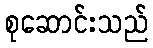
စုဆောင်းသည်